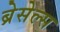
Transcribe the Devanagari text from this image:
ब्रेसेल्स